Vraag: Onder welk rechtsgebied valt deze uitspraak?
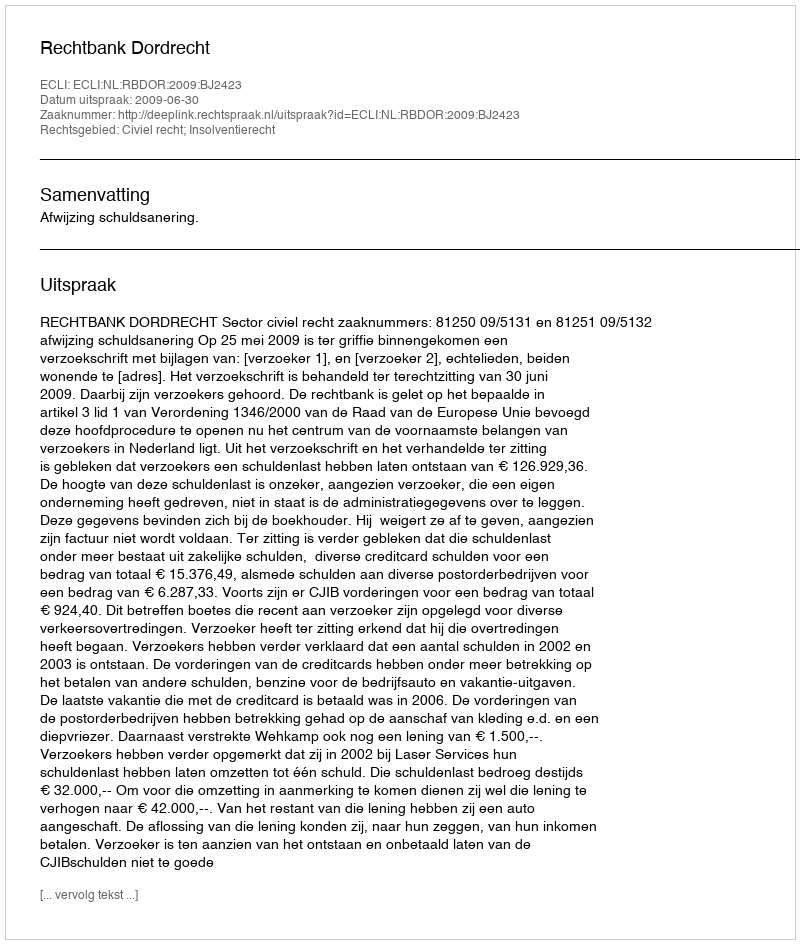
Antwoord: Civiel recht; Insolventierecht